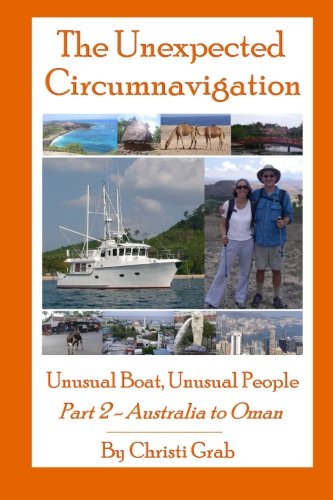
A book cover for The Unexpected Circumnavigation: Unusual Boat, Unusual People Part 2 - Australia to Oman; Christi Grab; Travel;